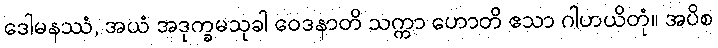
ဒေါမနဿံ, အယံ အဒုက္ခမသုခါ ဝေဒနာတိ သက္ကာ ဟောတိ ဧသာ ဂါဟယိတုံ။ အပိစ